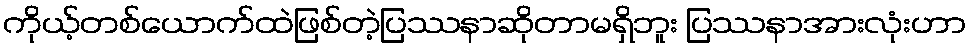
ကိုယ့်တစ်ယောက်ထဲဖြစ်တဲ့ပြဿနာဆိုတာမရှိဘူး ပြဿနာအားလုံးဟာ